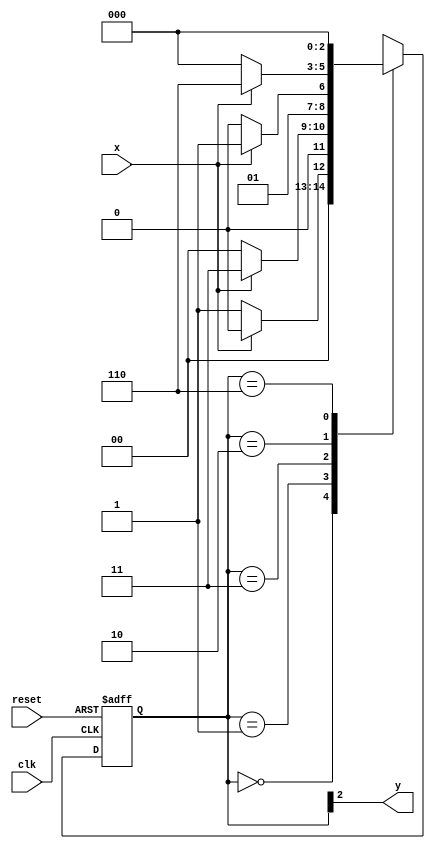
// ---------------------
// AC1 - 20/10/2010
//	Guia 11 - v 0.1
//
// Nome: Gustavo Guimares
// ---------------------

// --------------
// --- Moore 0101
// --------------
// Definicao de Constante
`define found    1
`define notfound 0

// Modulo Moore 0101
module  moore ( y, x, clk, reset );
 output y;
 input  x;
 input  clk;
 input  reset;

 reg    y;

 parameter        // Identificador de Estado
   start  = 3'b000,
   id0    = 3'b001,
   id01   = 3'b011,
   id010  = 3'b010,
   id0101 = 3'b110;  //  signal found

   reg [2:0] E1;	// Estado Atual
   reg [2:0] E2;	// Estado Seguinte

// next state logic
   always @( x or E1 )
    begin
     case( E1 )
      start:
        if ( x )
         E2 = start;
        else
         E2 = id0;
      id0:
        if ( x )
         E2 = id01;
        else
         E2 = start;	// ou ficar no id0
      id01:
        if ( x )
         E2 = id01;  // ou ir pro start
        else
         E2 = id010;
      id010:
        if ( x )
         E2 = id0101;
        else
         E2 = start;
      id0101:
        if ( x )
         E2 = start;
        else
         E2 = start;
     default:   // undefined statee  
         E2 = 3'bxxx;
     endcase
    end // always at signal or state changing

// state variables
   always @( posedge clk or negedge reset )
    begin
     if ( reset )
      E1 = E2;    // updates current state
     else
      E1 = 0;     // reset
    end // always at signal changing

// output logic
   always @( E1 )
    begin
     y = E1[2];   // first bit of state value
    end // always at state changing

endmodule

// --------------------
// --- TESTE
// --------------------
//
module mooretest;
 reg   clk, reset, x;
 wire  m1;

 moore M1 ( m1, x, clk, reset );

 initial
  begin
   $display ( "Guia11 - Gustavo Guimaraes - 405804" );
   $display ( "Time     X   Moore" );

// initial values
       clk   = 1;
       reset = 0;
       x     = 0;

// input signal changing
  #5   reset = 1;
  #10  x = 1;
  #10  x = 1;
  #10  x = 0;
  #10  x = 1;
  #10  x = 0;
  #10  x = 1;
  #10  x = 0;
  #10  x = 1;

  #30 $finish;
 end // initial

 always
  #5 clk = ~clk;

 always @( posedge clk )
  begin
   $display ( "%4d  %4b  %4b", $time, x, m1 );
  end // always at positive edge clocking changing

endmodule